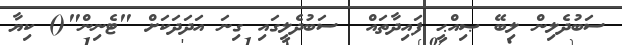
ސަބުދެލިން ލިބޭ ޞިއްޙީ ފައިދާތައް  ސަބުދެލީގައި ގިނަ އަދަދަކަށް "ޓެނިން"() ކިޔާ